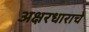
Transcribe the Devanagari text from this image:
अक्षरधाराचे